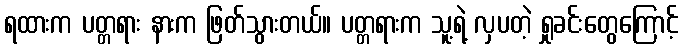
ရထားက ပတ္တရား နားက ဖြတ်သွားတယ်။ ပတ္တရားက သူ့ရဲ့ လှပတဲ့ ရှုခင်းတွေကြောင့်